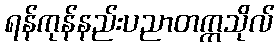
ရန်ကုန်နည်းပညာတက္ကသိုလ်